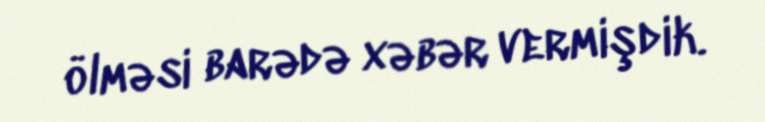
ölməsi barədə xəbər vermişdik.